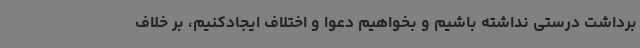
برداشت درستی نداشته باشیم و بخواهیم دعوا و اختلاف ایجادکنیم، بر خلاف